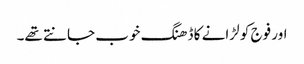
اور فوج کو لڑانے کا ڈھنگ خوب جانتے تھے۔